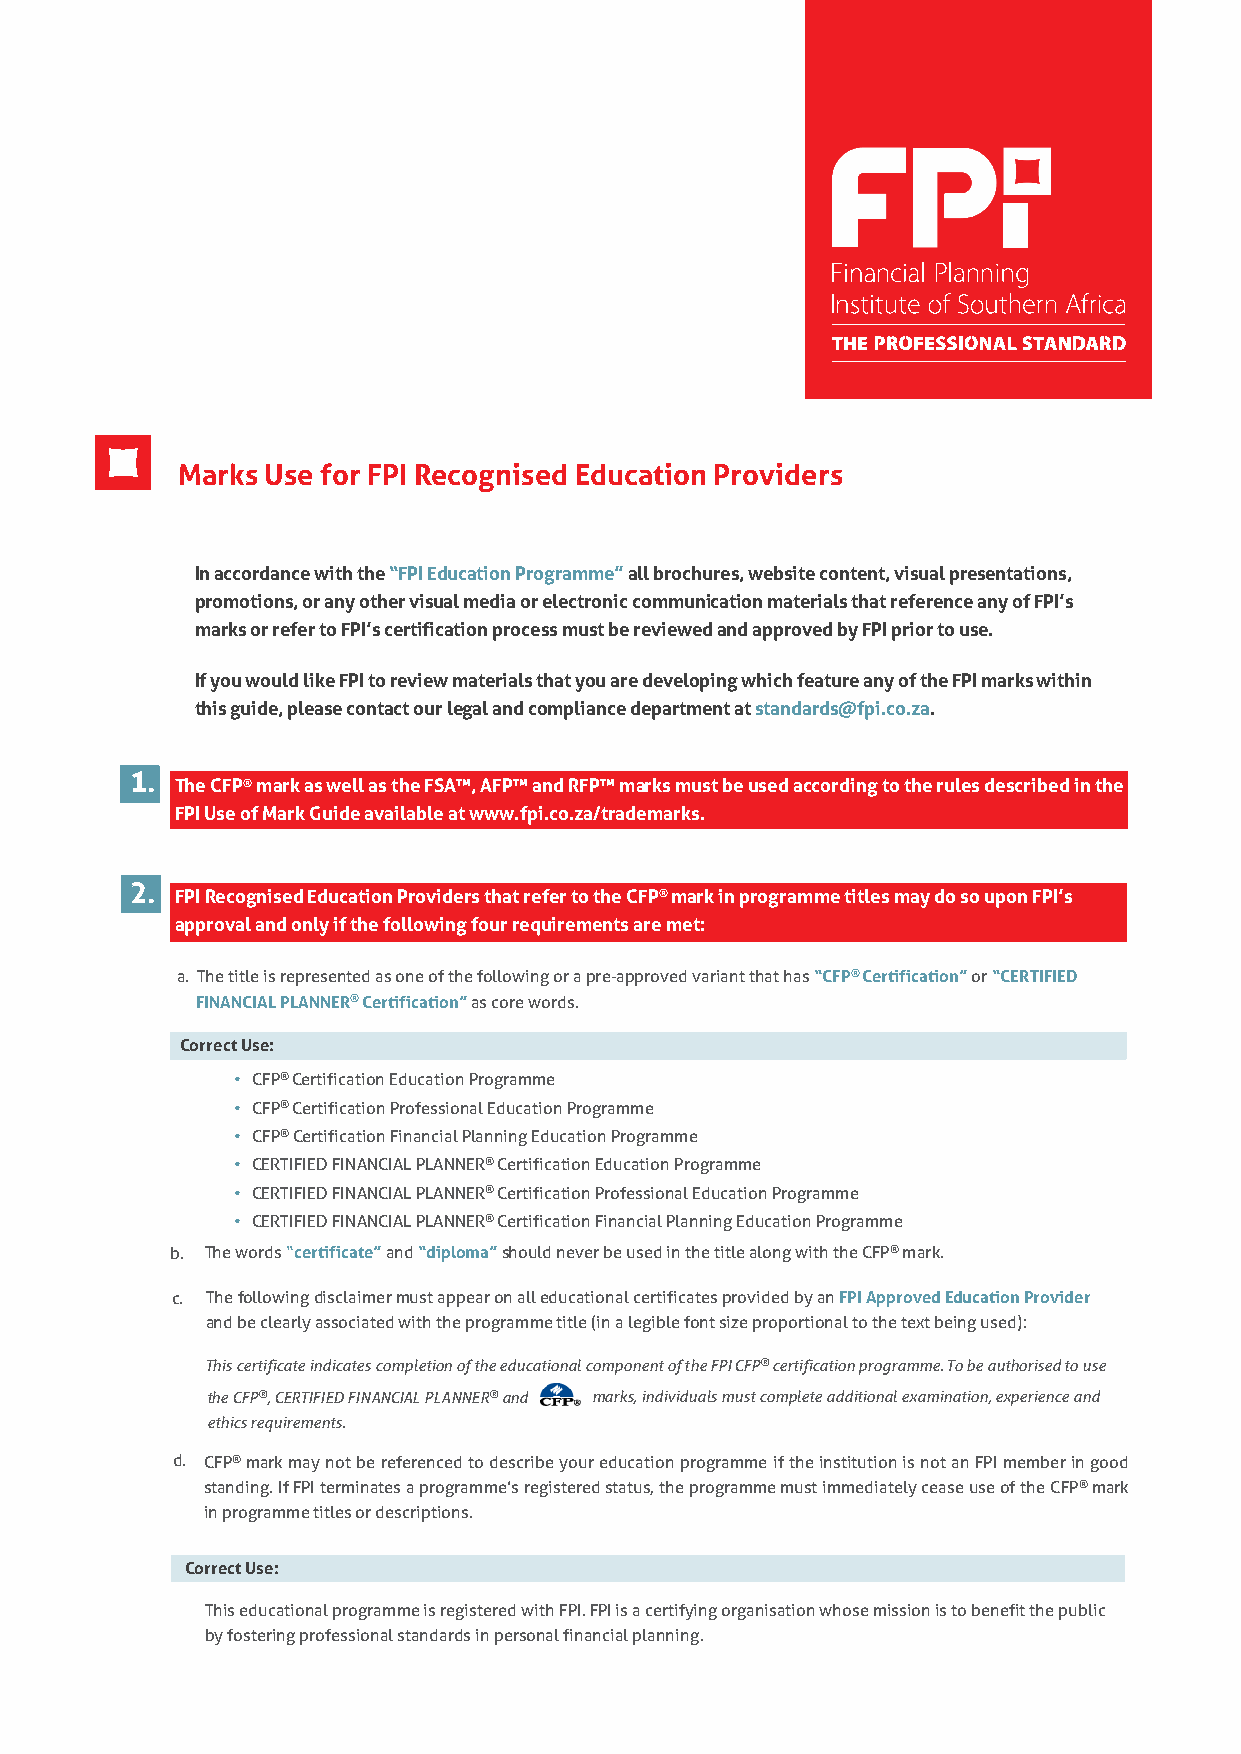
Marks Use for FPI Recognised Education Providers
 In accordance with the “FPI Education Programme” all brochures, website content, visual presentations,
 promotions, or any other visual media or electronic communication materials that reference any of FPI’s
 marks or refer to FPI’s certification process must be reviewed and approved by FPI prior to use.
 If you would like FPI to review materials that you are developing which feature any of the FPI marks within
 this guide, please contact our legal and compliance department at standards@fpi.co.za.
 1.
 The CFP® mark as well as the FSA™, AFP™ and RFP™ marks must be used according to the rules described in the
 FPI Use of Mark Guide available at www.fpi.co.za/trademarks.
 2.
 FPI Recognised Education Providers that refer to the CFP® mark in programme titles may do so upon FPI’s
 approval and only if the following four requirements are met:
 a. The title is represented as one of the following or a pre-approved variant that has “CFP® Certification” or “CERTIFIED
 FINANCIAL PLANNER® Certification” as core words.
 Correct Use:
 • CFP® Certification Education Programme
 • CFP® Certification Professional Education Programme
 • CFP® Certification Financial Planning Education Programme
 • CERTIFIED FINANCIAL PLANNER® Certification Education Programme
 • CERTIFIED FINANCIAL PLANNER® Certification Professional Education Programme
 • CERTIFIED FINANCIAL PLANNER® Certification Financial Planning Education Programme
 b. The words “certificate” and “diploma” should never be used in the title along with the CFP® mark.
 c. The following disclaimer must appear on all educational certificates provided by an FPI Approved Education Provider
 and be clearly associated with the programme title (in a legible font size proportional to the text being used):
 This certificate indicates completion of the educational component of the FPI CFP® certification programme. To be authorised to use
 the CFP®, CERTIFIED FINANCIAL PLANNER® and marks, individuals must complete additional examination, experience and
 ethics requirements.
 d. CFP® mark may not be referenced to describe your education programme if the institution is not an FPI member in good
 standing. If FPI terminates a programme’s registered status, the programme must immediately cease use of the CFP® mark
 in programme titles or descriptions.
 Correct Use:
 This educational programme is registered with FPI. FPI is a certifying organisation whose mission is to benefit the public
 by fostering professional standards in personal financial planning.